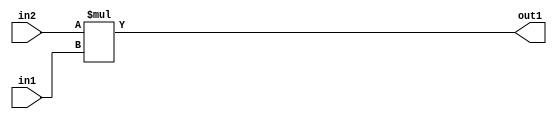
`timescale 1ps / 1ps
/*****************************************************************************
    Verilog RTL Description
    
    
    Created by: Stratus DpOpt 2019.1.01 
*******************************************************************************/

module SobelFilter_Mul_10Ux8U_18U_1 (
	in2,
	in1,
	out1
	); /* architecture "behavioural" */ 
input [9:0] in2;
input [7:0] in1;
output [17:0] out1;
wire [17:0] asc001;

assign asc001 = 
	+(in2 * in1);

assign out1 = asc001;
endmodule

/* CADENCE  ubD3Qws= : u9/ySgnWtBlWxVPRXgAZ4Og= ** DO NOT EDIT THIS LINE ******/